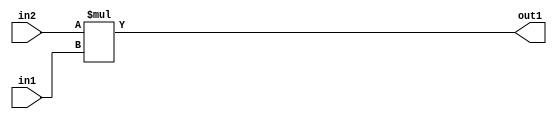
`timescale 1ps / 1ps
/*****************************************************************************
    Verilog RTL Description
    
    
    Created by: Stratus DpOpt 2019.1.01 
*******************************************************************************/

module SobelFilter_Mul_10Ux8U_18U_1 (
	in2,
	in1,
	out1
	); /* architecture "behavioural" */ 
input [9:0] in2;
input [7:0] in1;
output [17:0] out1;
wire [17:0] asc001;

assign asc001 = 
	+(in2 * in1);

assign out1 = asc001;
endmodule

/* CADENCE  ubD3Qws= : u9/ySgnWtBlWxVPRXgAZ4Og= ** DO NOT EDIT THIS LINE ******/